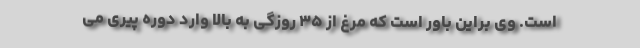
است. وی براین باور است که مرغ از ۳۵ روزگی به بالا وارد دوره پیری می